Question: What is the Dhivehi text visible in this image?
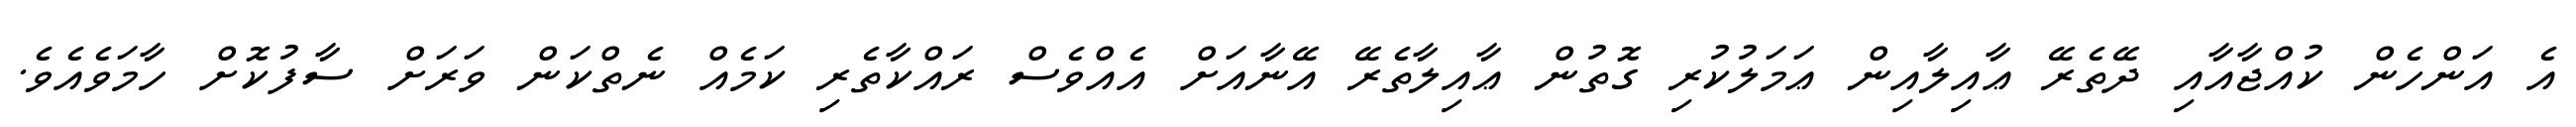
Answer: އެ އަންހެން ކުއްޖާއާއި ދޭތެރޭ ޢާއިލާއިން ޢަމަލުކުރި ގޮތުން ޢާއިލާތެރޭ އޭނާއަށް އެއްވެސް ރައްކާތެރި ކަމެއް ނެތްކަން ވަރަށް ސާފުކޮށް ހާމަވެއެވެ.